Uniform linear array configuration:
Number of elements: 48
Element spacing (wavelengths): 0.75
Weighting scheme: uniform
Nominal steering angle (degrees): -60
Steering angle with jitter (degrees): -61.499
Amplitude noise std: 0.05
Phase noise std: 0.05

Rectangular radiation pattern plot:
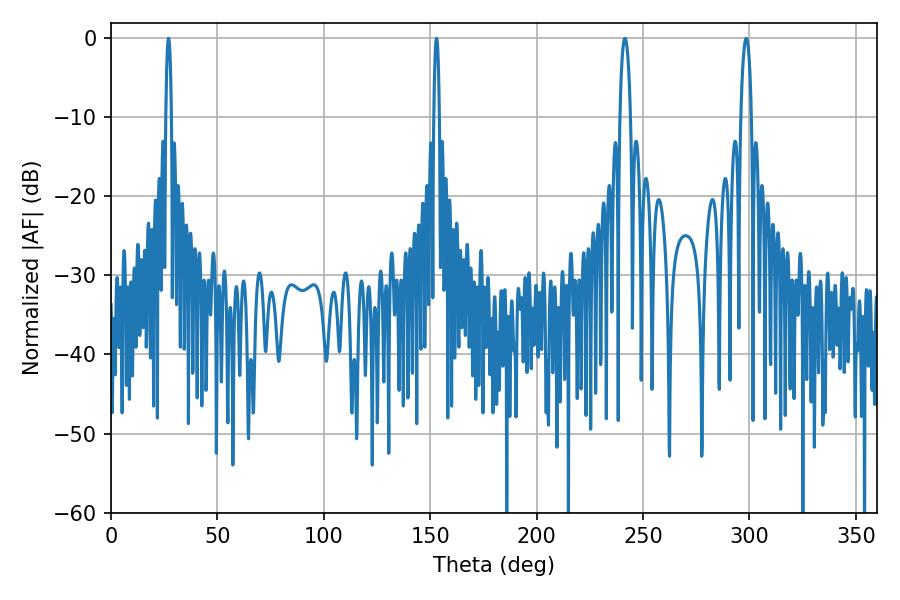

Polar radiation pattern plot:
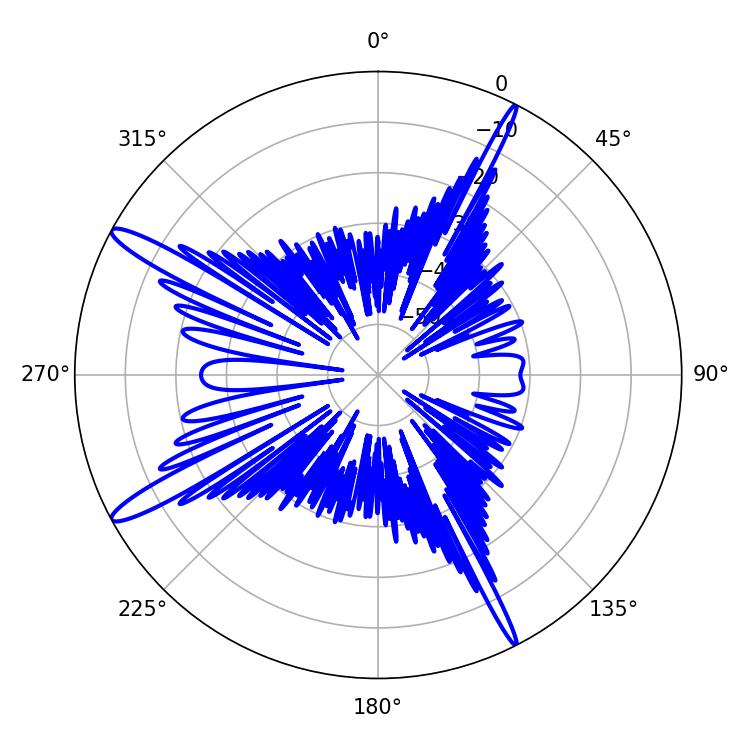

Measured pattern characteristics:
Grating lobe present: TRUE
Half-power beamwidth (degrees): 2.88
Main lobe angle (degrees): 298.44